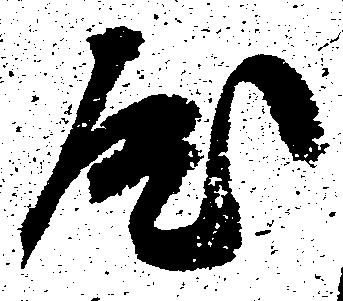
屋